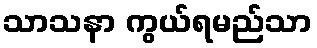
သာသနာ ကွယ်ရမည်သာ